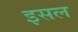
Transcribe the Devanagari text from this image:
इसल